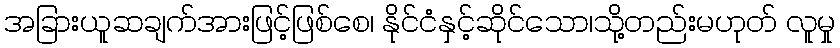
အခြားယူဆချက်အားဖြင့်ဖြစ်စေ၊ နိုင်ငံနှင့်ဆိုင်သော၊သို့တည်းမဟုတ် လူမှု